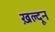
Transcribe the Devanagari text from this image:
ख़ल्दून